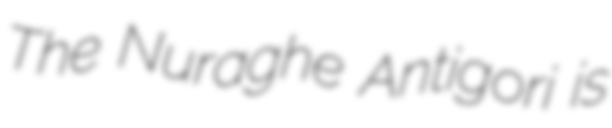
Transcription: The Nuraghe Antigori is